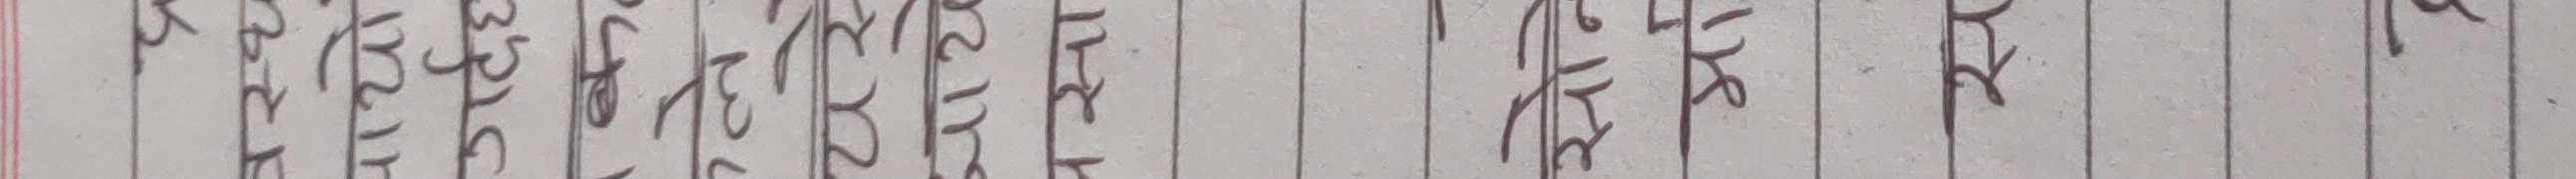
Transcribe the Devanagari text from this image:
५३२४४४४४६८८८६३
३३३२४४४३४१८८६१
२४४२४४४२६१७७६२
४५२२१३४२४३१७६२
५१२२५११३६३४७७२
२२२१५११४४३५४८२
८१३५६१११४४६५९२
३२१४७२२२४३४६४२
४२२२२२३३२२२४२१
२३३३५३४४३२२२११
४३३२४२२३३२२२२१
४३३४५३३४४२३२२१
५५४२२२२४४२३२२२
६६४५३१३२३२२१२२